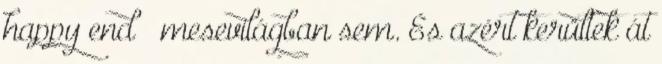
happy end – mesevilágban sem. És azért kerültek át